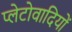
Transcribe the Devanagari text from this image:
प्लेटोवादियों